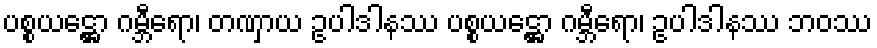
ပစ္စယဋ္ဌော ဂမ္ဘီရော၊ တဏှာယ ဥပါဒါနဿ ပစ္စယဋ္ဌော ဂမ္ဘီရော၊ ဥပါဒါနဿ ဘဝဿ